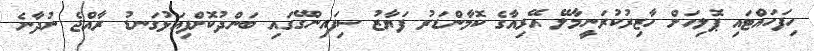
ހިފަހައްޓައި ޕޮލިހަށް ހާޒިރުކުރަނީމާލޭ އޭރިއާގެ ކޮމާންޑަރު ފަޔާޒު ސިފައިންގޭގައި ބަންދުކޮށްފިއަޅުގަނޑު ރާއްޖެ ނުދާނެ